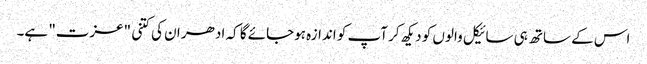
اس کے ساتھ ہی سائیکل والوں کو دیکھ کر آپ کو اندازہ ہوجائے گا کہ ادھر ان کی کتنی "عزت" ہے۔